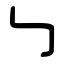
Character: ㇉